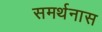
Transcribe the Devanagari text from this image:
समर्थनास